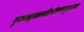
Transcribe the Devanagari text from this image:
गुरुत्वद्रवत्वस्नेहसंस्कारादृष्टशब्दा